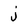
Character: j